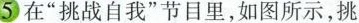
5 在”挑战自我”节目里，如图所示，挑